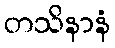
တသိနာနံ